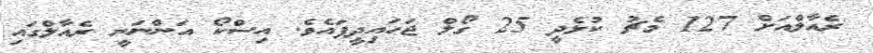
ރެއާލްއަށް 127 މެޗު ކުޅެދީ 25 ގޯލް ޖަހައިދީފައެވެ. އިސްކޯ އަންނަނީ ރެއާލްގައި